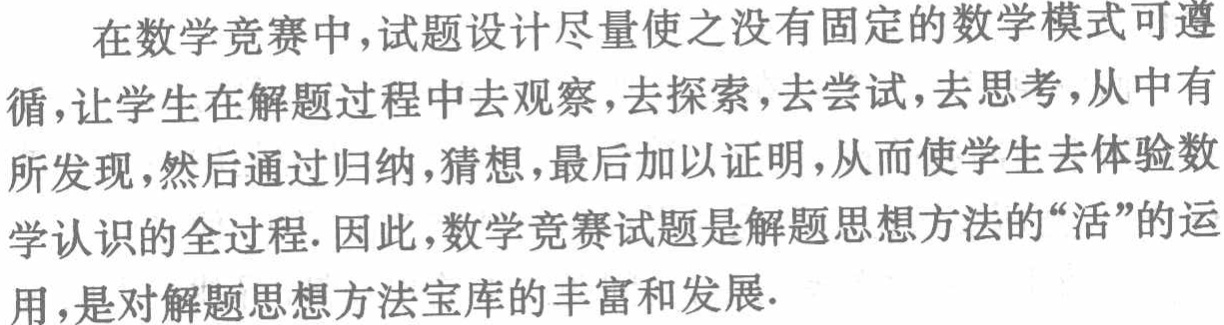
在数学竞赛中,试题设计尽量使之没有固定的数学模式可遵循,让学生在解题过程中去观察,去探索,去尝试,去思考,从中有所发现,然后通过归纳,猜想,最后加以证明,从而使学生去体验数学认识的全过程. 因此,数学竞赛试题是解题思想方法的“活”的运用,是对解题思想方法宝库的丰富和发展.